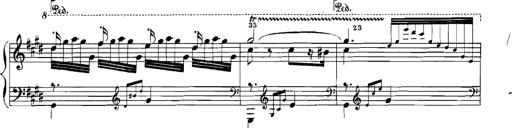
Title: Rhapsodies hongroises
Composer: Franz Liszt